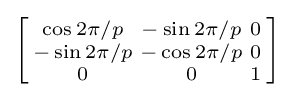
\left[{\begin{smallmatrix}\cos 2\pi /p&-\sin 2\pi /p&0\\-\sin 2\pi /p&-\cos 2\pi /p&0\\0&0&1\\\end{smallmatrix}}\right]